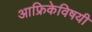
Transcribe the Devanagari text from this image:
आफ्रिकेविषयी